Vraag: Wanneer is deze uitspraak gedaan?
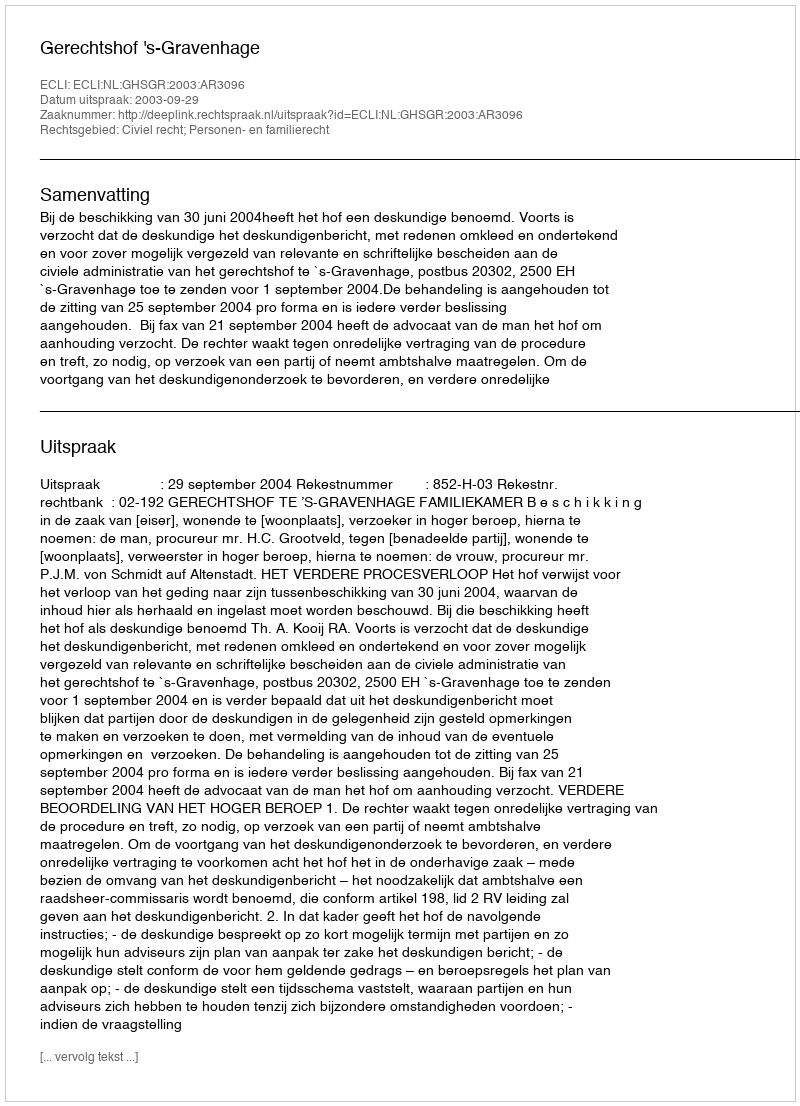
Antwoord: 2003-09-29